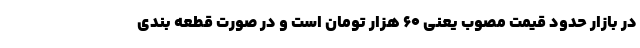
در بازار حدود قیمت مصوب یعنی ۶۰ هزار تومان است و در صورت قطعه بندی